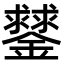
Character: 䥭